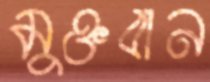
মুক্তবান